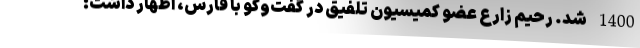
1400 شد. رحیم زارع عضو کمیسیون تلفیق در گفت‌وگو با فارس، اظهار داشت: